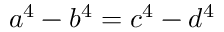
a ^ { 4 } - b ^ { 4 } = c ^ { 4 } - d ^ { 4 }